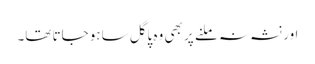
اور نشہ نہ ملنے پر بھی وہ پاگل ساہو جاتا تھا۔